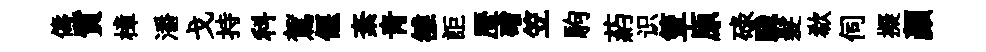
儔質樟潘戈持科駕偃紊青雒詎歴磳笠駒葯识簟原碌踐髮欷伺擬顏